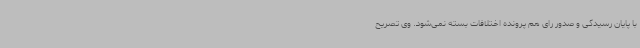
با پایان رسیدگی و صدور رای هم پرونده اختلافات بسته نمی‌شود. وی تصریح